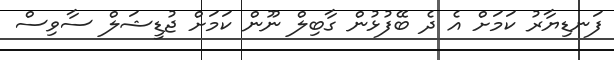
ފަނޑިޔާރު ކަމަށް އެ ދެ ބޭފުޅުން ގާބިލް ނޫން ކަމަށް ޖުޑީޝަލް ސާވިސް